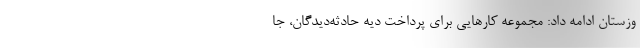
وزستان ادامه داد: مجموعه کارهایی برای پرداخت دیه حادثه‌دیدگان، جا